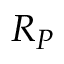
R _ { P }